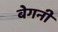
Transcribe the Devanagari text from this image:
बेगनी